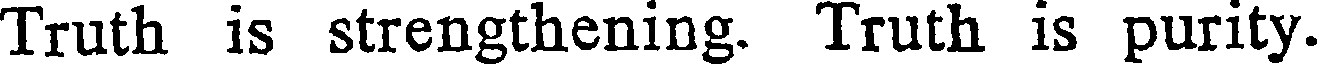
Truth is strengthening. Truth is purity.